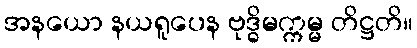
အနယော နယရူပေန ဗုဒ္ဓိမက္ကမ္မ တိဋ္ဌတိ။